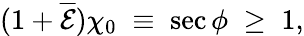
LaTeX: (1+\overline{{\cal E}})\chi_{0}\; \equiv\; \sec\phi\; \geq\; 1,